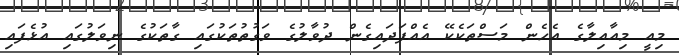
މިއީ މިއާއިލާގެ އެހެން މަސްތަކެކޭ އެއްފަދައިގެން ދުވާލުގެ ވަގުތުތަކުގައި ގާތަކުގެ ނިވަލުގައި އުޅެފައި